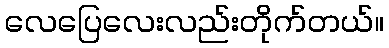
လေပြေလေးလည်းတိုက်တယ်။